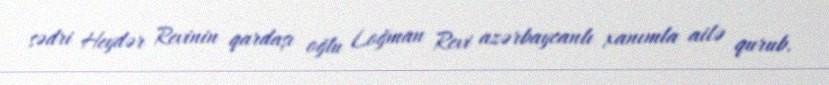
sədri Heydər Revinin qardaşı oğlu Loğman Revi azərbaycanlı xanımla ailə qurub.